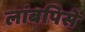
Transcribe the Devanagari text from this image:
लांबपिसे